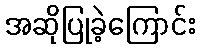
အဆိုပြုခဲ့ကြောင်း